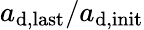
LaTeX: a_{\mathrm{d,last}}/a_{\mathrm{d,init}}